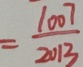
= \frac { 1 0 0 7 } { 2 0 1 3 }